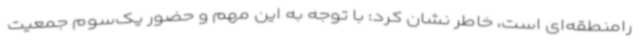
رامنطقه‌ای است، خاطر نشان کرد: با توجه به این مهم و حضور یک‌سوم جمعیت